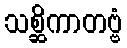
သစ္ဆိကာတဗ္ဗံ